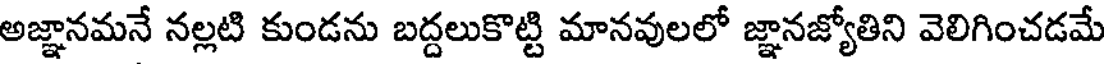
అజ్ఞానమనే నల్లటి కుండను బద్దలుకొట్టి మానవులలో జ్ఞానజ్యోతిని వెలిగించడమే